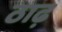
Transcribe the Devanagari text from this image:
ठाढ़